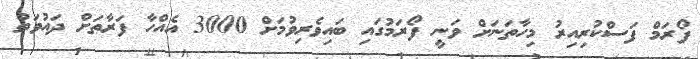
ފޯރަމް ފަސްކުރިއިރު މިހާތަނަށް ވަނީ ފޯރަމުގައި ބައިވެރިވުމަށް 3000 އެއްހާ ފަރާތަށް ދައުވަތު